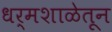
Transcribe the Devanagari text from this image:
धर्मशाळेतून